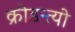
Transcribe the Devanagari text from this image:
क्रीडन्त्यो